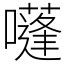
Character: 𡂫